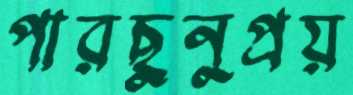
পারছুনুপ্রয়